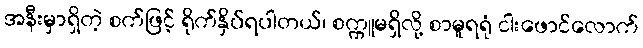
အနီးမှာရှိတဲ့ စက်ဖြင့် ရိုက်နှိပ်ရပါတယ်၊ စက္ကူမရှိလို့ စာမူရရုံ ငါးဖောင်လောက်